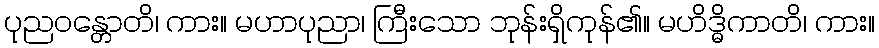
ပုညဝန္တောတိ၊ ကား။ မဟာပုညာ၊ ကြီးသော ဘုန်းရှိကုန်၏။ မဟိဒ္ဓိကာတိ၊ ကား။